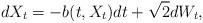
LaTeX: \begin{align*}dX_t=-b(t,X_t)dt + \sqrt{2}dW_t, \end{align*}